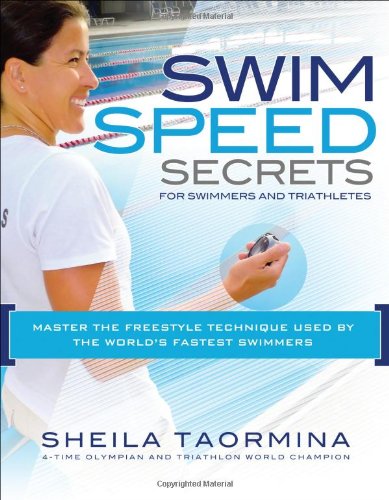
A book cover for Swim Speed Secrets for Swimmers and Triathletes: Master the Freestyle Technique Used by the World's Fastest Swimmers (Swim Speed Series); Sheila Taormina; Health, Fitness & Dieting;